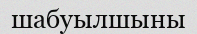
шабуылшыны